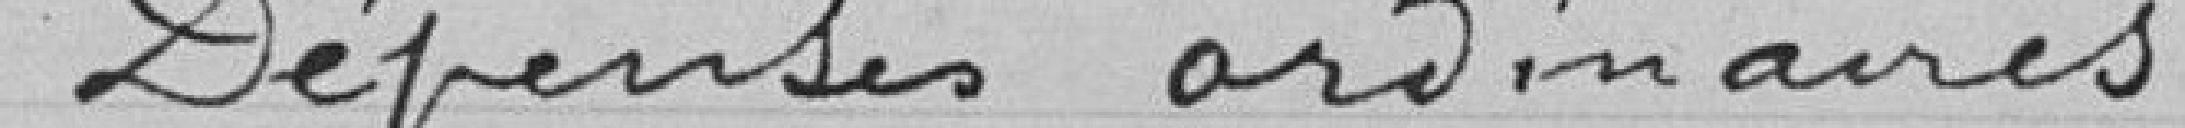
Dépenses ordinaires